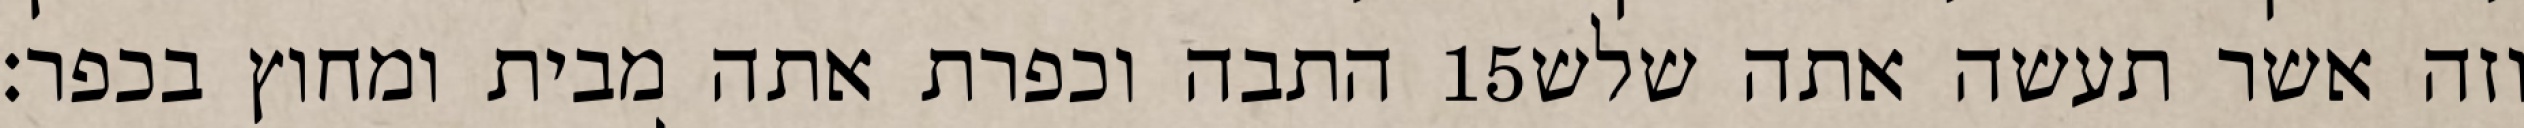
התבה וכפרת אתה מבית ומחוץ בכפר׃ ‎15‏ וזה אשר תעשה אתה שלש